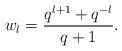
\begin{align*}w_{l} = \frac{q^{l+1} + q^{-l}}{q + 1}.\end{align*}